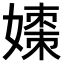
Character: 𪦡